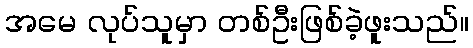
အမေ လုပ်သူမှာ တစ်ဦးဖြစ်ခဲ့ဖူးသည်။